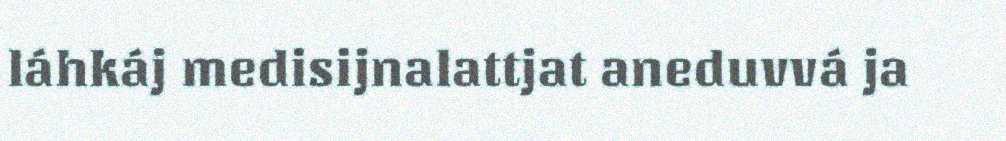
láhkáj medisijnalattjat aneduvvá ja